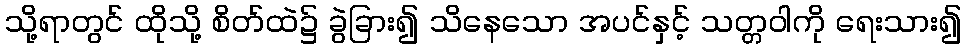
သို့ရာတွင် ထိုသို့ စိတ်ထဲ၌ ခွဲခြား၍ သိနေသော အပင်နှင့် သတ္တဝါကို ရေးသား၍